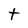
Character: t